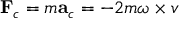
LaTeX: \mathbf { F } _ { c } = m \mathbf { a } _ { c } = - 2 m { \boldsymbol { \omega \times v } }